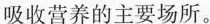
吸收营养的主要场所。